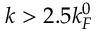
k > 2 . 5 k _ { F } ^ { 0 }